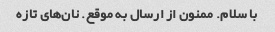
با سلام. ممنون از ارسال به موقع. نان‌های تازه